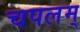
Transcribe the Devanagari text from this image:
चपलम्